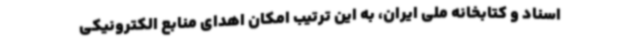
اسناد و کتابخانه ملی ایران، به این ترتیب امکان اهدای منابع الکترونیکی